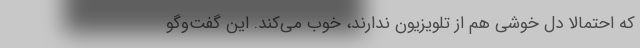
که احتمالا دل خوشی هم از تلویزیون ندارند، خوب می‌کند. این گفت‌وگو